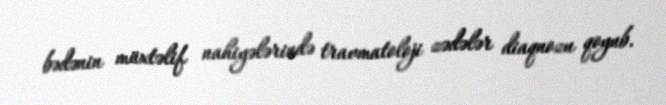
bədənin müxtəlif nahiyələrində travmatoloji zədələr diaqnozu qoyub.